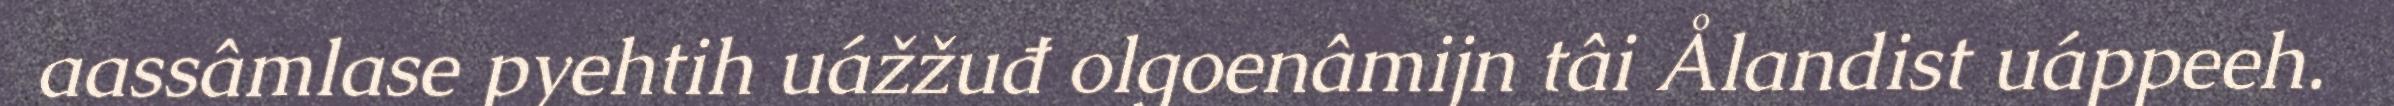
aassâmlase pyehtih uážžuđ olgoenâmijn tâi Ålandist uáppeeh.